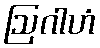
ဩဂါဟံ